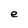
Character: e